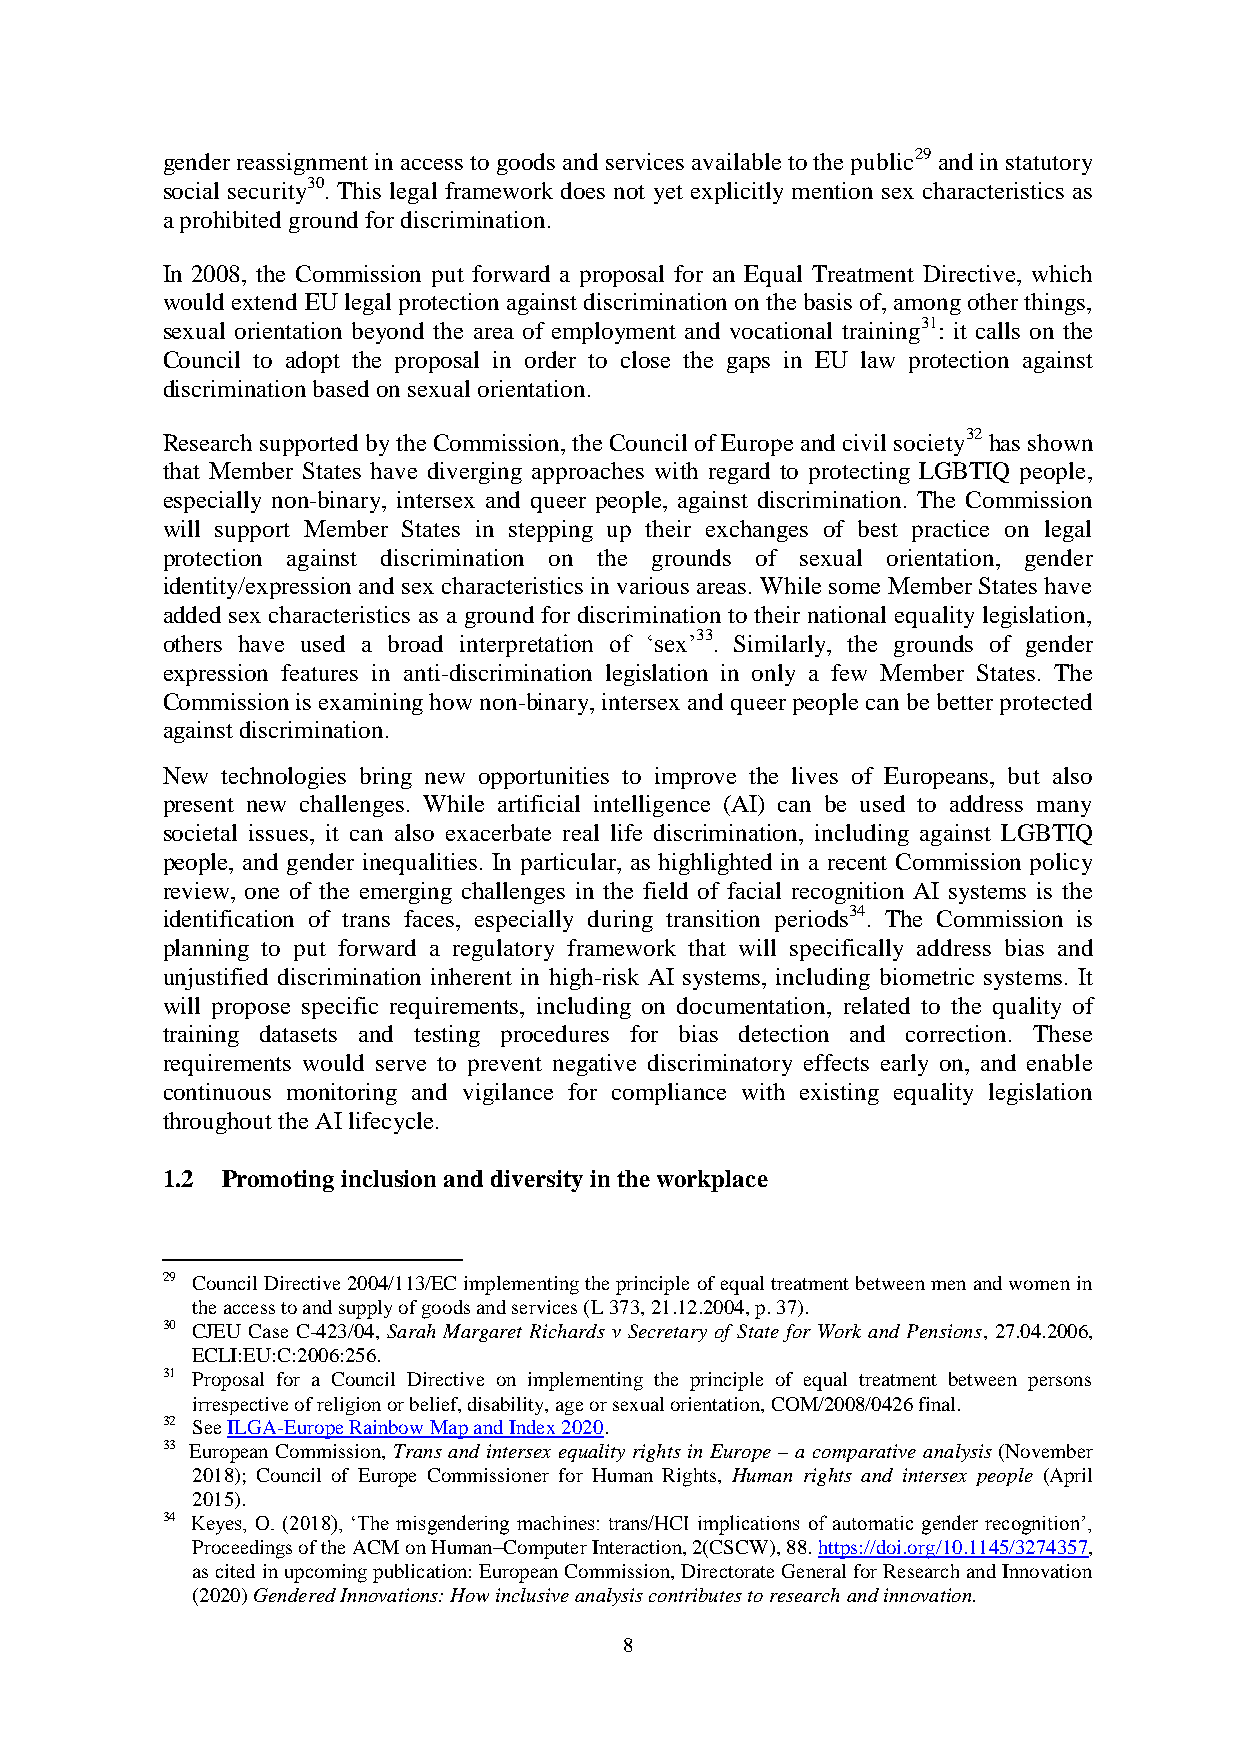
gender reassignment in access to goods and services available to the public29 and in statutory
 social security30. This legal framework does not yet explicitly mention sex characteristics as
 a prohibited ground for discrimination.
 In 2008, the Commission put forward a proposal for an Equal Treatment Directive, which
 would extend EU legal protection against discrimination on the basis of, among other things,
 sexual orientation beyond the area of employment and vocational training31: it calls on the
 Council to adopt the proposal in order to close the gaps in EU law protection against
 discrimination based on sexual orientation.
 Research supported by the Commission, the Council of Europe and civil society32 has shown
 that Member States have diverging approaches with regard to protecting LGBTIQ people,
 especially non-binary, intersex and queer people, against discrimination. The Commission
 will support Member States in stepping up their exchanges of best practice on legal
 protection against discrimination on the grounds of sexual orientation, gender
 identity/expression and sex characteristics in various areas. While some Member States have
 added sex characteristics as a ground for discrimination to their national equality legislation,
 others have used a broad interpretation of ‘sex’33. Similarly, the grounds of gender
 expression features in anti-discrimination legislation in only a few Member States. The
 Commission is examining how non-binary, intersex and queer people can be better protected
 against discrimination.
 New technologies bring new opportunities to improve the lives of Europeans, but also
 present new challenges. While artificial intelligence (AI) can be used to address many
 societal issues, it can also exacerbate real life discrimination, including against LGBTIQ
 people, and gender inequalities. In particular, as highlighted in a recent Commission policy
 review, one of the emerging challenges in the field of facial recognition AI systems is the
 identification of trans faces, especially during transition periods34. The Commission is
 planning to put forward a regulatory framework that will specifically address bias and
 unjustified discrimination inherent in high-risk AI systems, including biometric systems. It
 will propose specific requirements, including on documentation, related to the quality of
 training datasets and testing procedures for bias detection and correction. These
 requirements would serve to prevent negative discriminatory effects early on, and enable
 continuous monitoring and vigilance for compliance with existing equality legislation
 throughout the AI lifecycle.
 1.2 Promoting inclusion and diversity in the workplace
 29 Council Directive 2004/113/EC implementing the principle of equal treatment between men and women in
 the access to and supply of goods and services (L 373, 21.12.2004, p. 37).
 30 CJEU Case C-423/04, Sarah Margaret Richards v Secretary of State for Work and Pensions, 27.04.2006,
 ECLI:EU:C:2006:256.
 31 Proposal for a Council Directive on implementing the principle of equal treatment between persons
 irrespective of religion or belief, disability, age or sexual orientation, COM/2008/0426 final.
 32 See ILGA-Europe Rainbow Map and Index 2020.
 33 European Commission, Trans and intersex equality rights in Europe – a comparative analysis (November
 2018); Council of Europe Commissioner for Human Rights, Human rights and intersex people (April
 2015).
 34 Keyes, O. (2018), ‘The misgendering machines: trans/HCI implications of automatic gender recognition’,
 Proceedings of the ACM on Human–Computer Interaction, 2(CSCW), 88. https://doi.org/10.1145/3274357,
 as cited in upcoming publication: European Commission, Directorate General for Research and Innovation
 (2020) Gendered Innovations: How inclusive analysis contributes to research and innovation.
 8